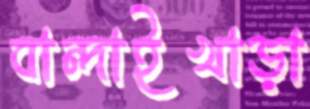
বান্দাইখাড়া